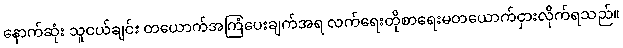
နောက်ဆုံး သူငယ်ချင်း တယောက်အကြံပေးချက်အရ လက်ရေးတိုစာရေးမတယောက်ငှားလိုက်ရသည်။